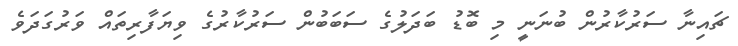
ޗައިނާ ސަރުކާރުން ބުނަނީ މި ބޮޑު ބަދަލުގެ ސަބަބުން ސަރުކާރުގެ ވިޔަފާރިތައް ވަރުގަދަވެ